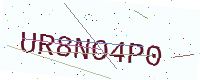
Text: UR8NO4P0